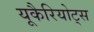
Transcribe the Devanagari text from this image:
यूकैरियोट्स